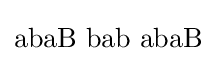
\mathrm {abaB\,\,bab\,\,abaB}